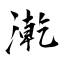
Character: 漧